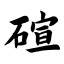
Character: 碹